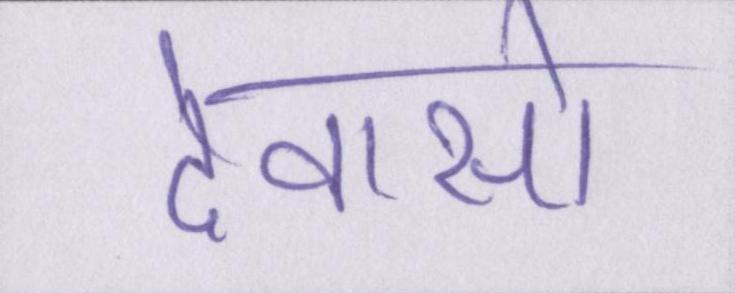
देवासो